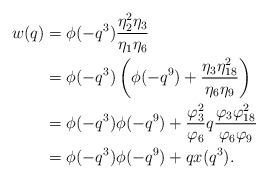
LaTeX: \begin{align*}w(q) &= \phi(-q^3)\frac{\eta_2^2\eta_3}{\eta_1\eta_6}\\&= \phi(-q^3)\left(\phi(-q^9)+\frac{\eta_3\eta_{18}^2}{\eta_6\eta_9}\right)\\&= \phi(-q^3)\phi(-q^9)+\frac{\varphi_3^2}{\varphi_6}q\frac{\varphi_3\varphi_{18}^2}{\varphi_6\varphi_9}\\&=\phi(-q^3)\phi(-q^9)+qx(q^3).\end{align*}